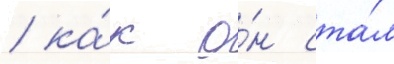
/ ка́к о́н ста́л